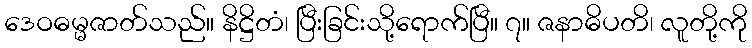
ဒေဝဓမ္မဇာတ်သည်။ နိဋ္ဌိတံ၊ ပြီးခြင်းသို့ရောက်ပြီ။ ၇။ ဇနာဓိပတိ၊ လူတို့ကို